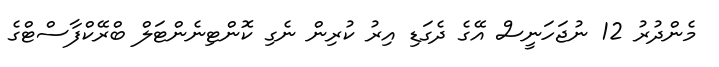
މެންދުރު 12 ނުޖަހަނީސް އޭގެ ދެގަޑި އިރު ކުރިން ނެގި ކޮންޓިނެންޓަލް ބްރޭކްފާސްޓްގެ